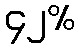
၄၂%